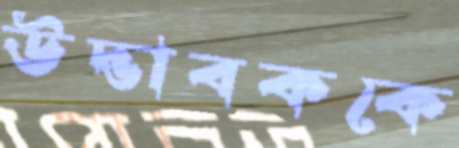
উদ্ভাবককে